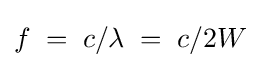
f\;=\;c/\lambda \;=\;c/2W